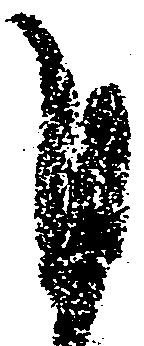
自